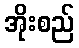
အိုးစည်